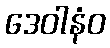
ဒေဝါနံဝ